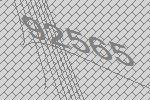
92565